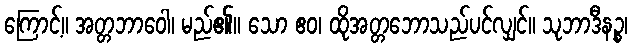
ကြောင့်။ အတ္တဘာဝေါ၊ မည်၏။ သော ဧဝ၊ ထိုအတ္တဘောသည်ပင်လျှင်။ သုဘာဒီနဉ္စ၊